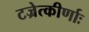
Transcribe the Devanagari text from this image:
टज्रेत्कीर्णाः